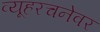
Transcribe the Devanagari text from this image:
व्यूहरचनेवर